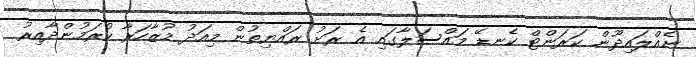
ނެއްލައިދޫން ކަރަންޓް ކެނޑޭ މައްސަލާގައި އެ ރަށު ރައްޔިތުން މިއަދު މުޒާހަރާ ކުރަމުންދާއިރު